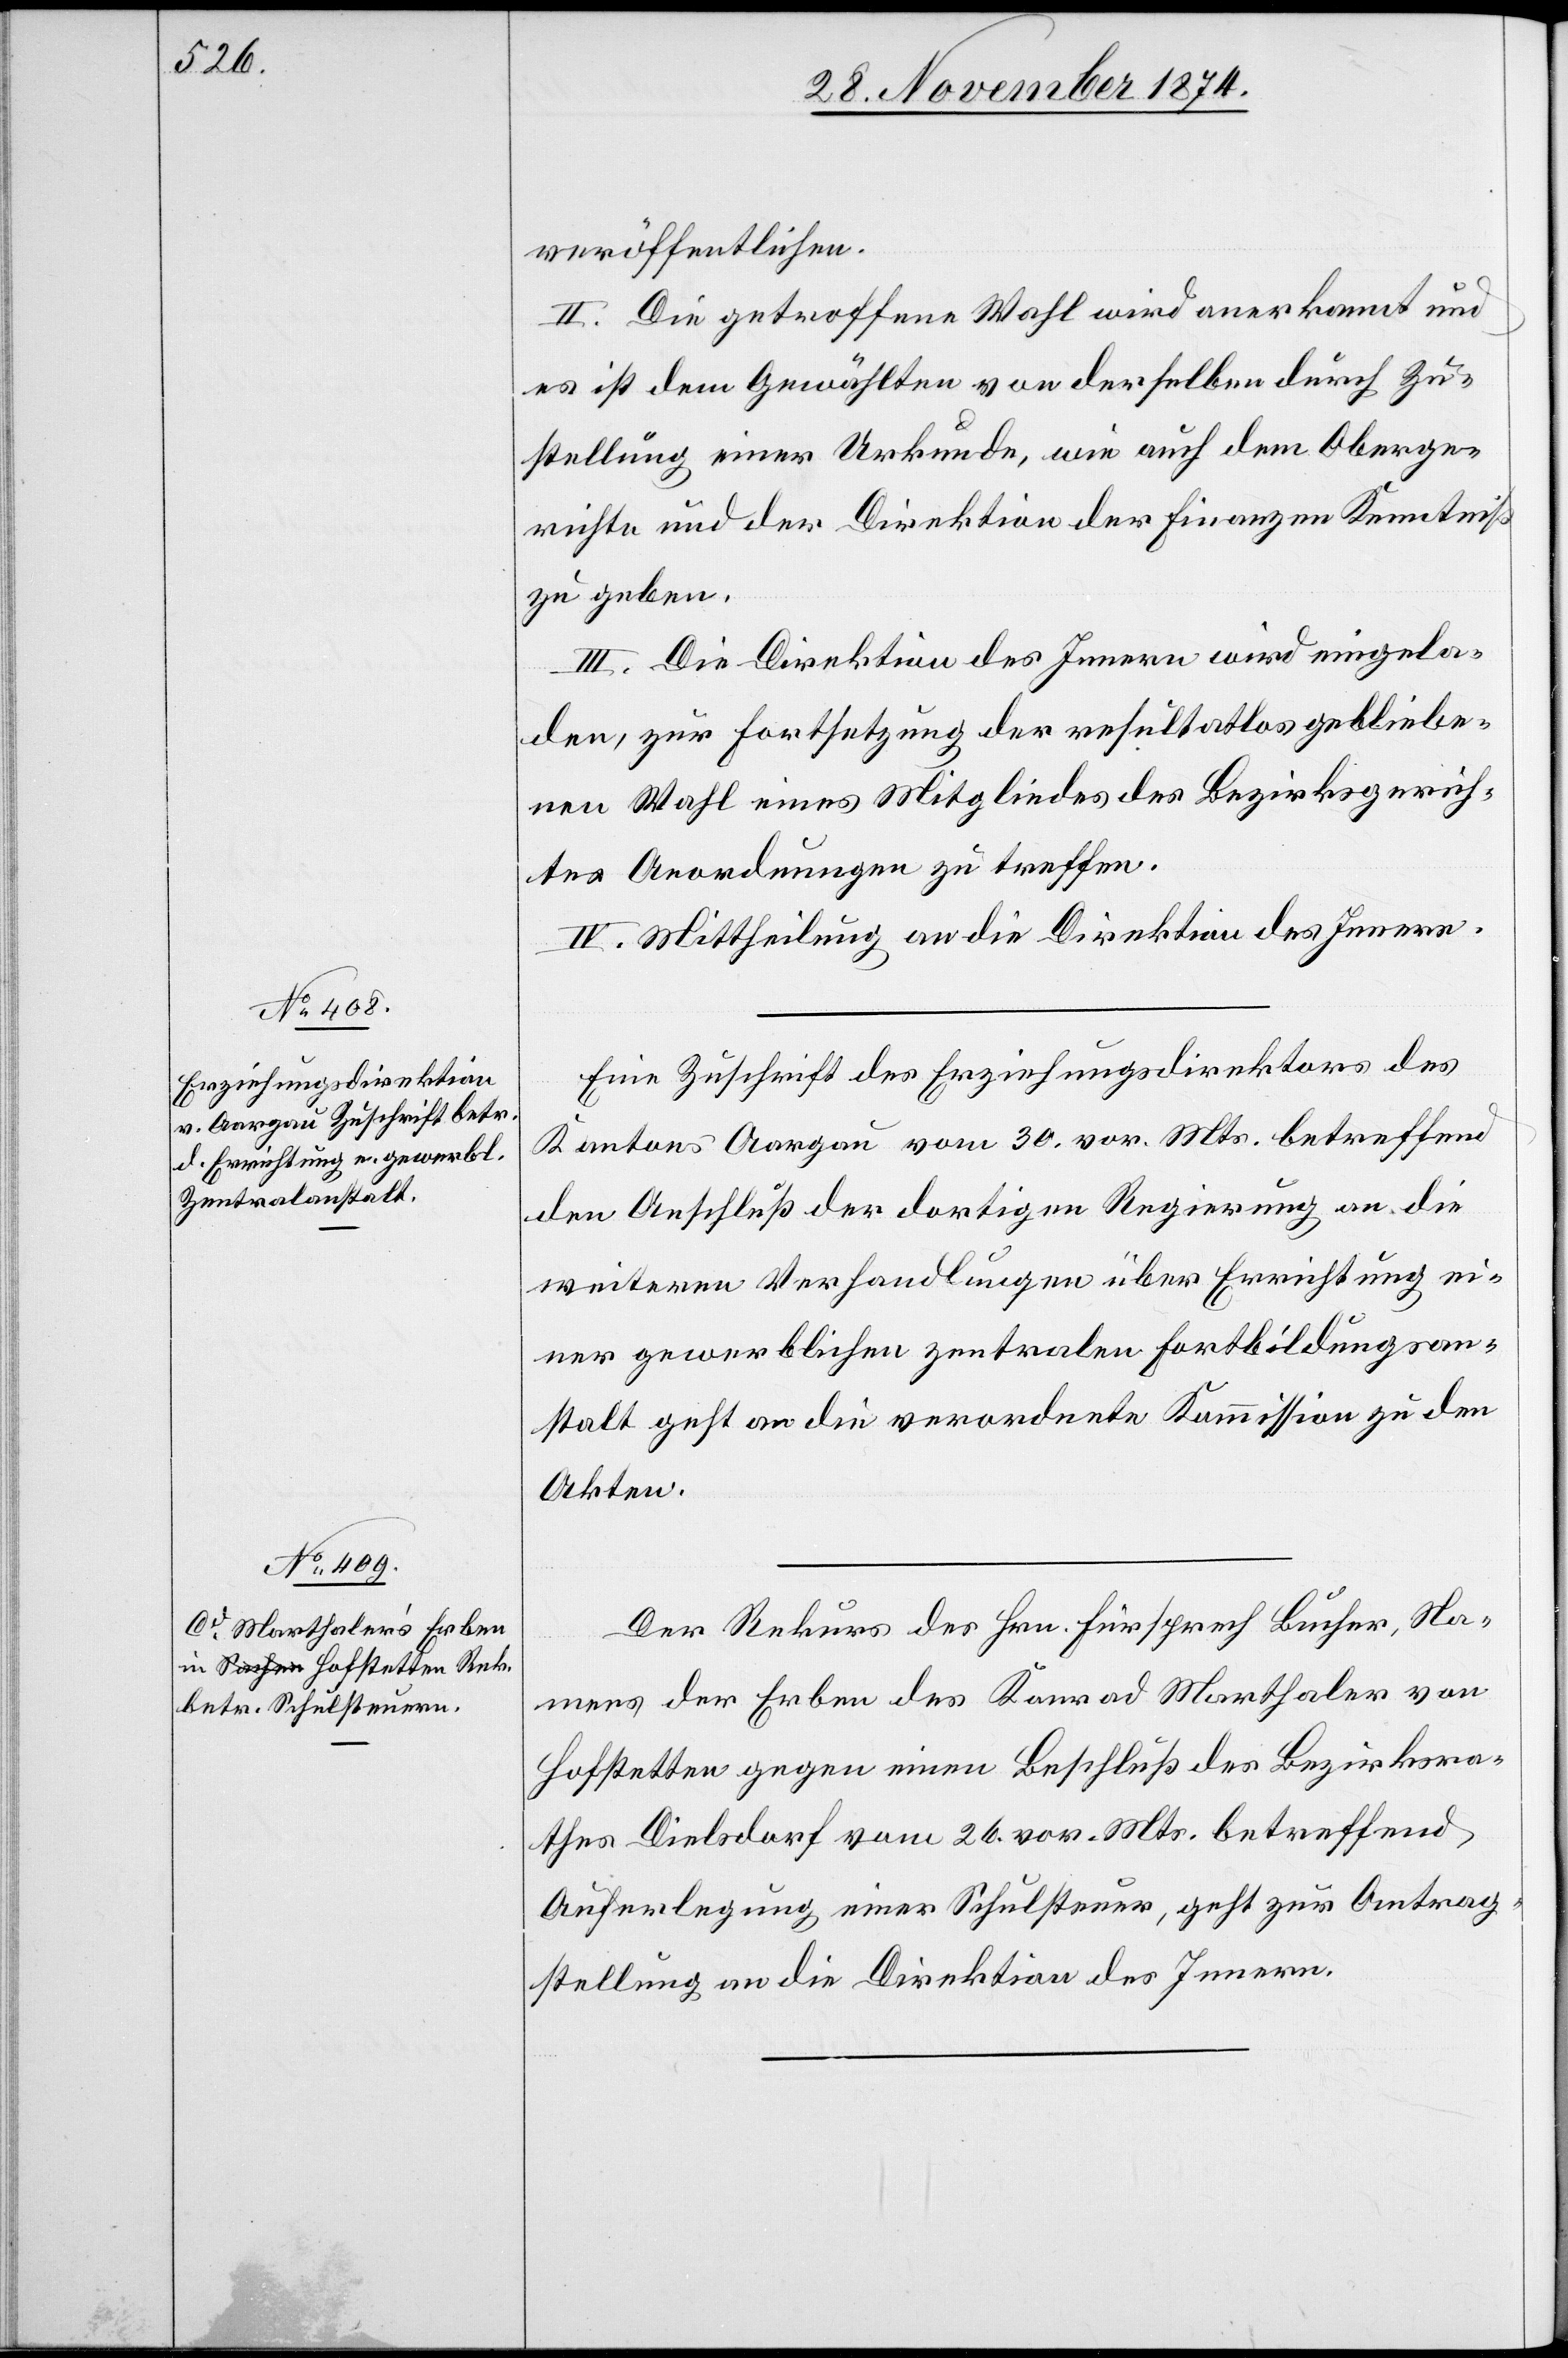
1. December 1874.]
veröffentlichen.
II. Die getroffene Wahl wird anerkannt und
es ist dem Gewählten von derselben durch Zu¬
stellung einer Urkunde, wie auch dem Oberge¬
richte und der Direktion der Finanzen Kenntniß
zu geben.
III. Die Direktion des Innern wird eingela¬
den, zur Fortsetzung der resultatlos gebliebe¬
nen Wahl eines Mitgliedes des Bezirksgerich¬
tes Anordnungen zu treffen.
IV. Mittheilung an die Direktion des Innern.
Eine Zuschrift des Erziehungsdirektors des
Kantons Aargau vom 30. vor. Mts. betreffend
den Anschluß der dortigen Regierung an die
weitere Verhandlungen über Errichtung ei¬
ner gewerblichen zentralen Fortbildungsan¬
stalt geht an die verordnete Kommission zu den
Akten.
Der Rekurs des Hrn. Fürsprech Bucher, Na¬
mens der Erben des Konrad Marthaler von
Hofstetten gegen einen Beschluß des Bezirksra¬
thes Dielsdorf vom 26. vor. Mts. betreffend
Auferlegung einer Schulsteuer, geht zur Antrag¬
stellung an die Direktion des Innern.